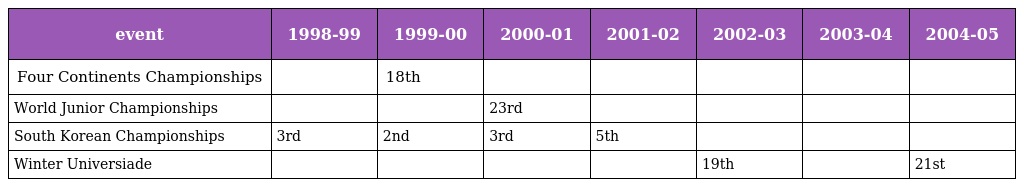
| event | 1998-99 | 1999-00 | 2000-01 | 2001-02 | 2002-03 | 2003-04 | 2004-05 |
 | --- | --- | --- | --- | --- | --- | --- | --- |
 | Four Continents Championships |  | 18th |  |  |  |  |  |
 | World Junior Championships |  |  | 23rd |  |  |  |  |
 | South Korean Championships | 3rd | 2nd | 3rd | 5th |  |  |  |
 | Winter Universiade |  |  |  |  | 19th |  | 21st |